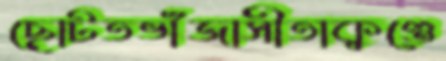
ছোটতভাঁজাসীতাকুণ্ডে